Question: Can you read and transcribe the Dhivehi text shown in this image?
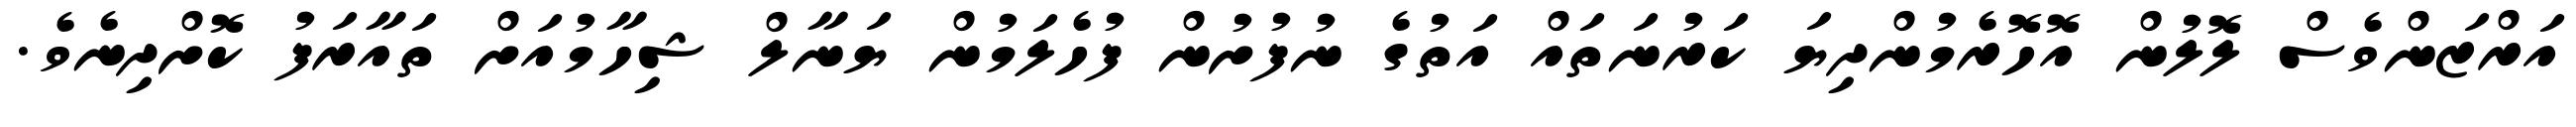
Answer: އަރްޒަންވެސް ލޮލުން އޮހޮރެމުންދިޔަ ކަރުނަތައް އަތުގެ ނުފުށުން ފުހެލަމުން ޔަނާލް ޝިހާމުއަށް ތައާރަފު ކޮށްދިނެވެ.